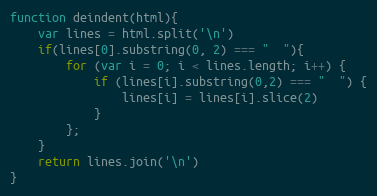
Language: JavaScript
function deindent(html){
    var lines = html.split('\n')
    if(lines[0].substring(0, 2) === "  "){
        for (var i = 0; i < lines.length; i++) {
            if (lines[i].substring(0,2) === "  ") {
                lines[i] = lines[i].slice(2)
            }
        };
    }
    return lines.join('\n')
}